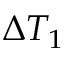
\Delta T _ { 1 }